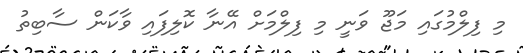
މި ފިލްމުގައި މަޖޫ ވަނީ މި ފިލްމަށް އޭނާ ކޮލިފައި ވާކަން ސާބިތު